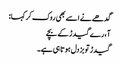
گدھے نے اسے بھی روک کر کہا:
آ، رے گیدڑ کے بچے
گیدڑ تو بزدل ہوتا ہی ہے۔